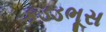
કડડભૂસ